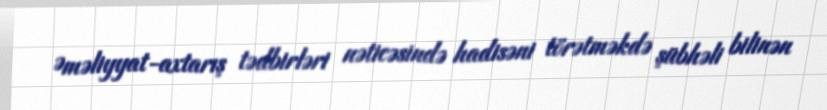
Əməliyyat-axtarış tədbirləri nəticəsində hadisəni törətməkdə şübhəli bilinən